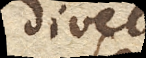
divelli